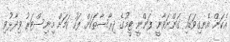
އެކަން އެނގިވަޑައި ގަންނަވާނީ ފަންނީ ޓީމުގެ ދިރާސާތަކަށް ފަހު ކަމަށް މިނިސްޓަރު ވިދާޅުވި